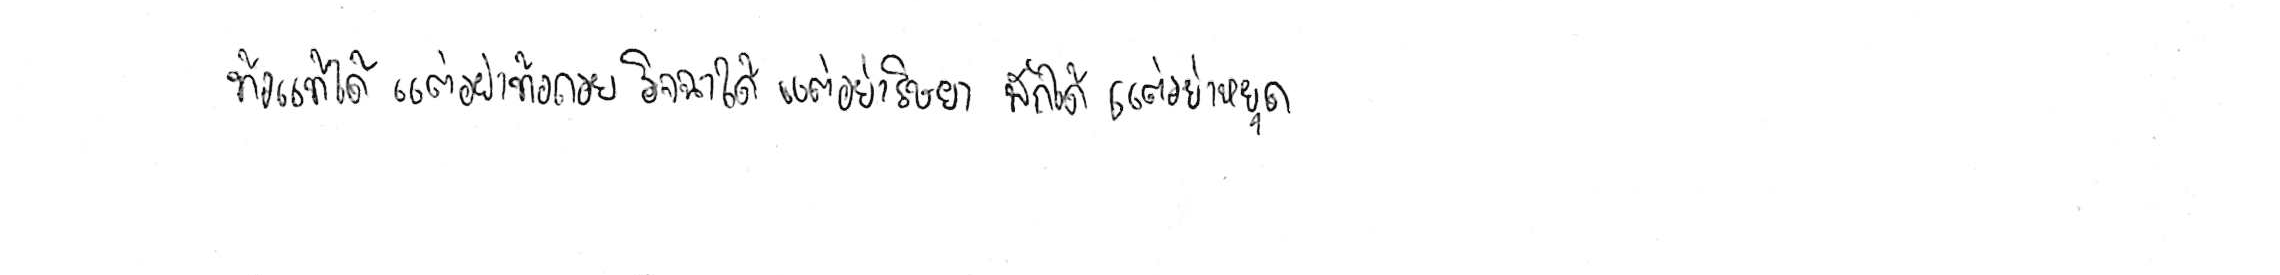
ท้อแท้ได้ แต่อย่าท้อถอย อิจฉาได้ แต่อย่าริษยา พักได้ แต่อย่าหยุด